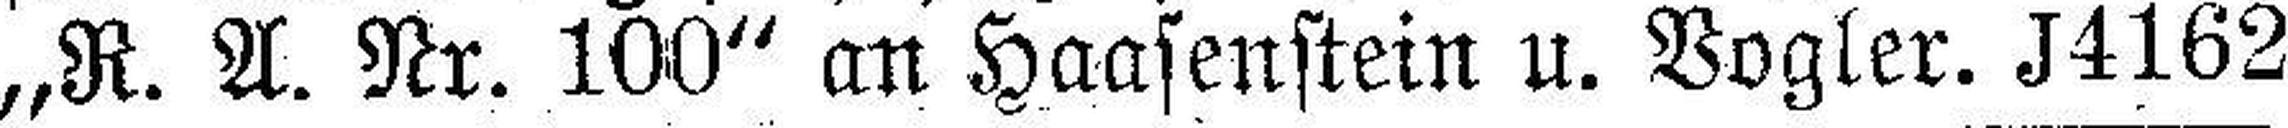
„R. A. Nr. 100“ an Haasenstein u. Vogler. J4162